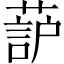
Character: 𫉚